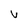
Character: v